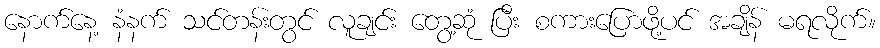
နောက်နေ့ နံနက် သင်တန်းတွင် လူချင်း တွေ့ဆုံ ပြီး စကားပြောဖို့ပင် အချိန် မရလိုက်။